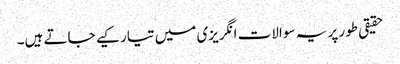
حقیقی طور پر یہ سوالات انگریزی میں تیار کیے جاتے ہیں۔